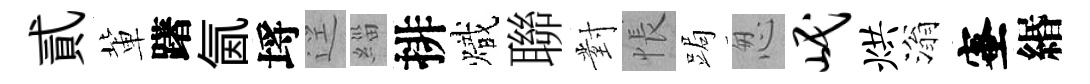
貳軰躇氤埓逕緇排熾聯對悵跼怱岷烘滃蜜緡